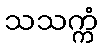
သသက္ကံ